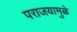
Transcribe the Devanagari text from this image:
पराजयामुळे